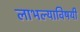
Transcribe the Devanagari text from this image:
लाभल्याविषयी